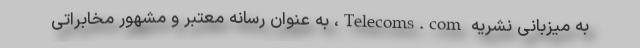
به میزبانی نشریه Telecoms.com، به عنوان رسانه‌ معتبر و مشهور مخابراتی